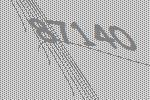
87140